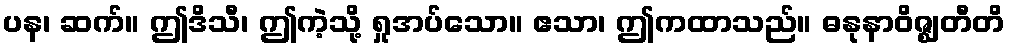
ပန၊ ဆက်။ ဤဒိသီ၊ ဤကဲ့သို့ ရှုအပ်သော။ ဧသာ၊ ဤကထာသည်။ ဓနုနာဝိဇ္ဈတီတိ